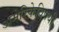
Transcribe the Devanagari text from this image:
अमेरिकेविषयी